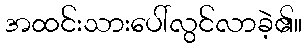
အထင်းသားပေါ်လွင်လာခဲ့၏။